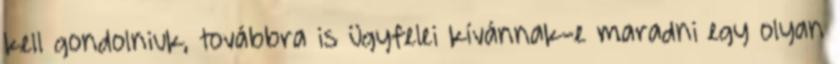
kell gondolniuk, továbbra is ügyfelei kívánnak-e maradni egy olyan